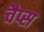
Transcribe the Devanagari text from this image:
चैप्स